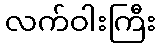
လက်ဝါးကြီး